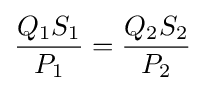
{\frac {Q_{1}S_{1}}{P_{1}}}={\frac {Q_{2}S_{2}}{P_{2}}}